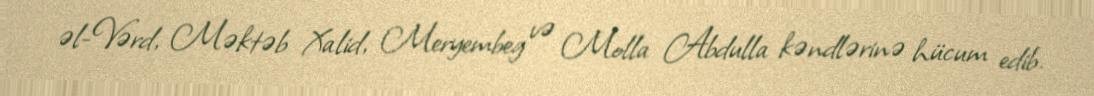
əl-Vərd, Məktəb Xalid, Meryembeg və Molla Abdulla kəndlərinə hücum edib.